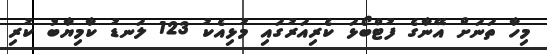
މިހާ ތަނަށް އޭނާގެ ފުޓްބޯޅަ ކެރިއަރުގައި މުޅިއެކު 123 ލަނޑު ކާމިޔާބު ކުރި